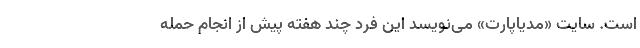
است. سایت «مدیاپارت» می‌نویسد این فرد چند هفته پیش از انجام حمله